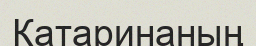
Катаринаның